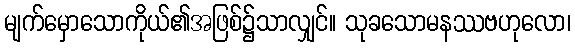
မျက်မှောသောကိုယ်၏အဖြစ်၌သာလျှင်။ သုခသောမနဿဗဟုလော၊